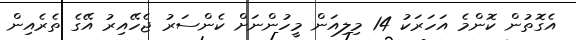
އެގޮތުން ކޮންމެ އަހަރަކު 14 މިލިއަން މީހުންނަށް ކެންސަރު ޖެހޭއިރު އޭގެ ތެރެއިން